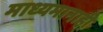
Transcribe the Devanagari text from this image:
माध्यमानाही